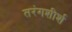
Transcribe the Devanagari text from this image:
तरंगशीर्श